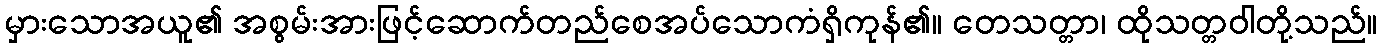
မှားသောအယူ၏ အစွမ်းအားဖြင့်ဆောက်တည်စေအပ်သောကံရှိကုန်၏။ တေသတ္တာ၊ ထိုသတ္တဝါတို့သည်။